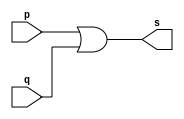
// ----------------------------------------
// Exemplo0004 - OR
// Nome: Joo Henrique Mendes de Oliveira
// ----------------------------------------

// -------------------------
// -- or gate
// -------------------------

module orgate(output s, input p, q);
	assign s = p | q; //-- vinculo
endmodule //-- end module orgate

// -------------------------
// -- test or gate
// -------------------------

module testorgate;
//-- dados locais
	reg a, b; //-- reg = registrador = entrada
	wire s; //-- wire = sada
	
//-- instanciando o "module or gate"
	orgate OR1(s, a, b);
	
//-- preparao
	initial begin:start
		a = 0; b = 0; //-- valor inicial
	end //-- end start

//-- parte principal
	initial begin:main
	//-- execuo 1  1
		$display("Exemplo0004 - Joo Henrique - 392734");
		$display("Test OR gate");
		$display("\na | b = s\n");
		
		a = 0; b = 0;
	#1 $display("%b | %b = %b", a, b, s);
		a = 0; b = 1;
	#1 $display("%b | %b = %b", a, b, s);
		a = 1; b = 0;
	#1 $display("%b | %b = %b", a, b, s);
		a = 1; b = 1;
	#1 $display("%b | %b = %b", a, b, s);
	
	end //-- end main

endmodule //-- end testorgate